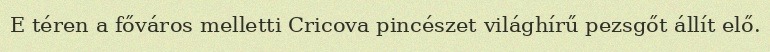
E téren a főváros melletti Cricova pincészet világhírű pezsgőt állít elő.